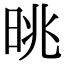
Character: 晀